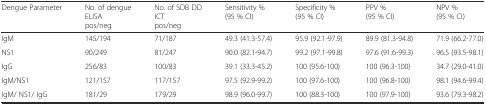
| Dengue Parameter | No. of dengue ELISA pos/neg | No. of SDB DD ICT pos/neg | Sensitivity % (95 % CI) | Specificity % (95 % CI) | PPV % (95 % CI) | NPV % (95 % CI) |
 | --- | --- | --- | --- | --- | --- | --- |
 | IgM | 145/194 | 71/187 | 49.3 (41.3-57.4) | 95.9 (92.1-97.9) | 89.9 (81.3-94.8) | 71.9 (66.2-77.0) |
 | NS1 | 90/249 | 81/247 | 90.0 (82.1-94.7) | 99.2 (97.1-99.8) | 97.6 (91.6-99.3) | 96.5 (93.5-98.1) |
 | IgG | 256/83 | 100/83 | 39.1 (33.3-45.2) | 100 (95.6-100) | 100 (96.3-100) | 34.7 (29.0-41.0) |
 | IgM/NS1 | 121/157 | 117/157 | 97.5 (92.9-99.2) | 100 (97.6-100) | 100 (96.8-100) | 98.1 (94.6-99.4) |
 | IgM/ NS1/ IgG | 181/29 | 179/29 | 98.9 (96.0-99.7) | 100 (88.3-100) | 100 (97.9-100) | 93.6 (79.3-98.2) |